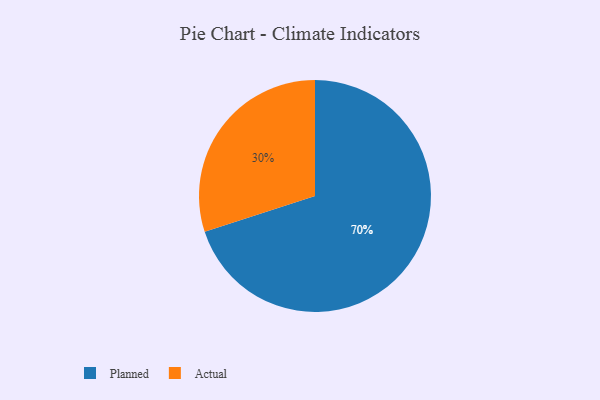
{"axis": {"x": "Category", "y": "Percentage"}, "legend": ["Actual", "Planned"], "data": [{"x": "Actual", "y": 30, "type": "Actual"}, {"x": "Planned", "y": 70, "type": "Planned"}]}